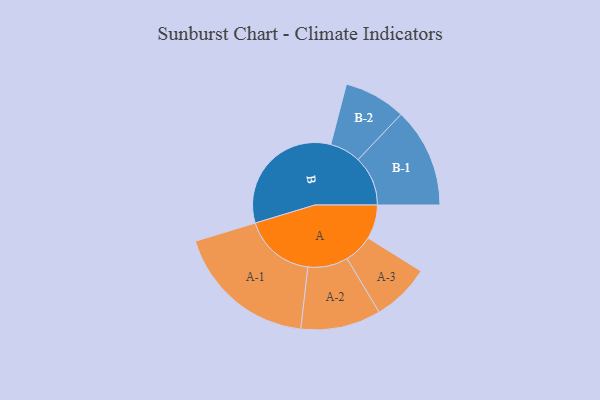
{"axis": {"x": "Segment", "y": "Value"}, "legend": ["", "A", "B"], "data": [{"x": "A", "y": 127, "type": ""}, {"x": "B", "y": 483, "type": ""}, {"x": "A-1", "y": 265, "type": "A"}, {"x": "A-2", "y": 149, "type": "A"}, {"x": "A-3", "y": 108, "type": "A"}, {"x": "B-1", "y": 185, "type": "B"}, {"x": "B-2", "y": 115, "type": "B"}]}